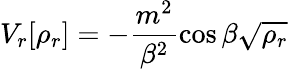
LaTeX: V_{r}[\rho_{r}]=-\frac{m^{2}}{\beta^{2}}\cos\beta\sqrt{\rho_{r}}